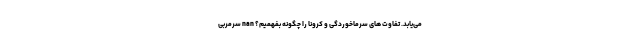
می‌یابد. تفاوت های سرماخوردگی و کرونا را چگونه بفهمیم؟ nan سرمربی